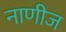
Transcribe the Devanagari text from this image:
नाणीज